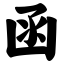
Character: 函